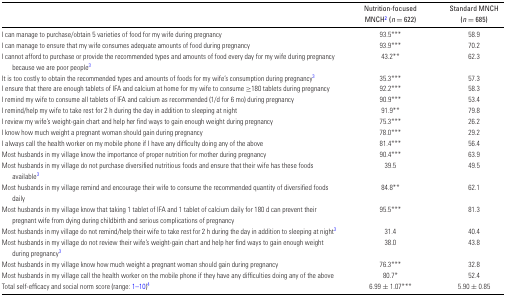
|  | Nutrition-focused MNCH2 (n = 622) | Standard MNCH (n = 685) |
 | --- | --- | --- |
 | I can manage to purchase/obtain 5 varieties of food for my wife during pregnancy | 93.5*** | 58.9 |
 | I can manage to ensure that my wife consumes adequate amounts of food during pregnancy | 93.9*** | 70.2 |
 | I cannot afford to purchase or provide the recommended types and amounts of food every day for my wife during pregnancy because we are poor people3 | 43.2** | 62.3 |
 | It is too costly to obtain the recommended types and amounts of foods for my wife's consumption during pregnancy3 | 35.3*** | 57.3 |
 | I ensure that there are enough tablets of IFA and calcium at home for my wife to consume ≥180 tablets during pregnancy | 92.2*** | 58.3 |
 | I remind my wife to consume all tablets of IFA and calcium as recommended (1/d for 6 mo) during pregnancy | 90.9*** | 53.4 |
 | I remind/help my wife to take rest for 2 h during the day in addition to sleeping at night | 91.9** | 79.8 |
 | I review my wife's weight-gain chart and help her find ways to gain enough weight during pregnancy | 75.3*** | 26.2 |
 | I know how much weight a pregnant woman should gain during pregnancy | 78.0*** | 29.2 |
 | I always call the health worker on my mobile phone if I have any difficulty doing any of the above | 81.4*** | 56.4 |
 | Most husbands in my village know the importance of proper nutrition for mother during pregnancy | 90.4*** | 63.9 |
 | Most husbands in my village do not purchase diversified nutritious foods and ensure that their wife has these foods available3 | 39.5 | 49.5 |
 | Most husbands in my village remind and encourage their wife to consume the recommended quantity of diversified foods daily | 84.8** | 62.1 |
 | Most husbands in my village know that taking 1 tablet of IFA and 1 tablet of calcium daily for 180 d can prevent their pregnant wife from dying during childbirth and serious complications of pregnancy | 95.5*** | 81.3 |
 | Most husbands in my village do not remind/help their wife to take rest for 2 h during the day in addition to sleeping at night3 | 31.4 | 40.4 |
 | Most husbands in my village do not review their wife's weight-gain chart and help her find ways to gain enough weight during pregnancy3 | 38.0 | 43.8 |
 | Most husbands in my village know how much weight a pregnant woman should gain during pregnancy | 76.3*** | 32.8 |
 | Most husbands in my village call the health worker on the mobile phone if they have any difficulties doing any of the above | 80.7* | 52.4 |
 | Total self-efficacy and social norm score (range: 1–10)4 | 6.99 ± 1.07*** | 5.90 ± 0.85 |